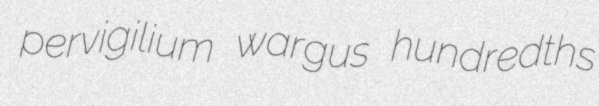
pervigilium wargus hundredths